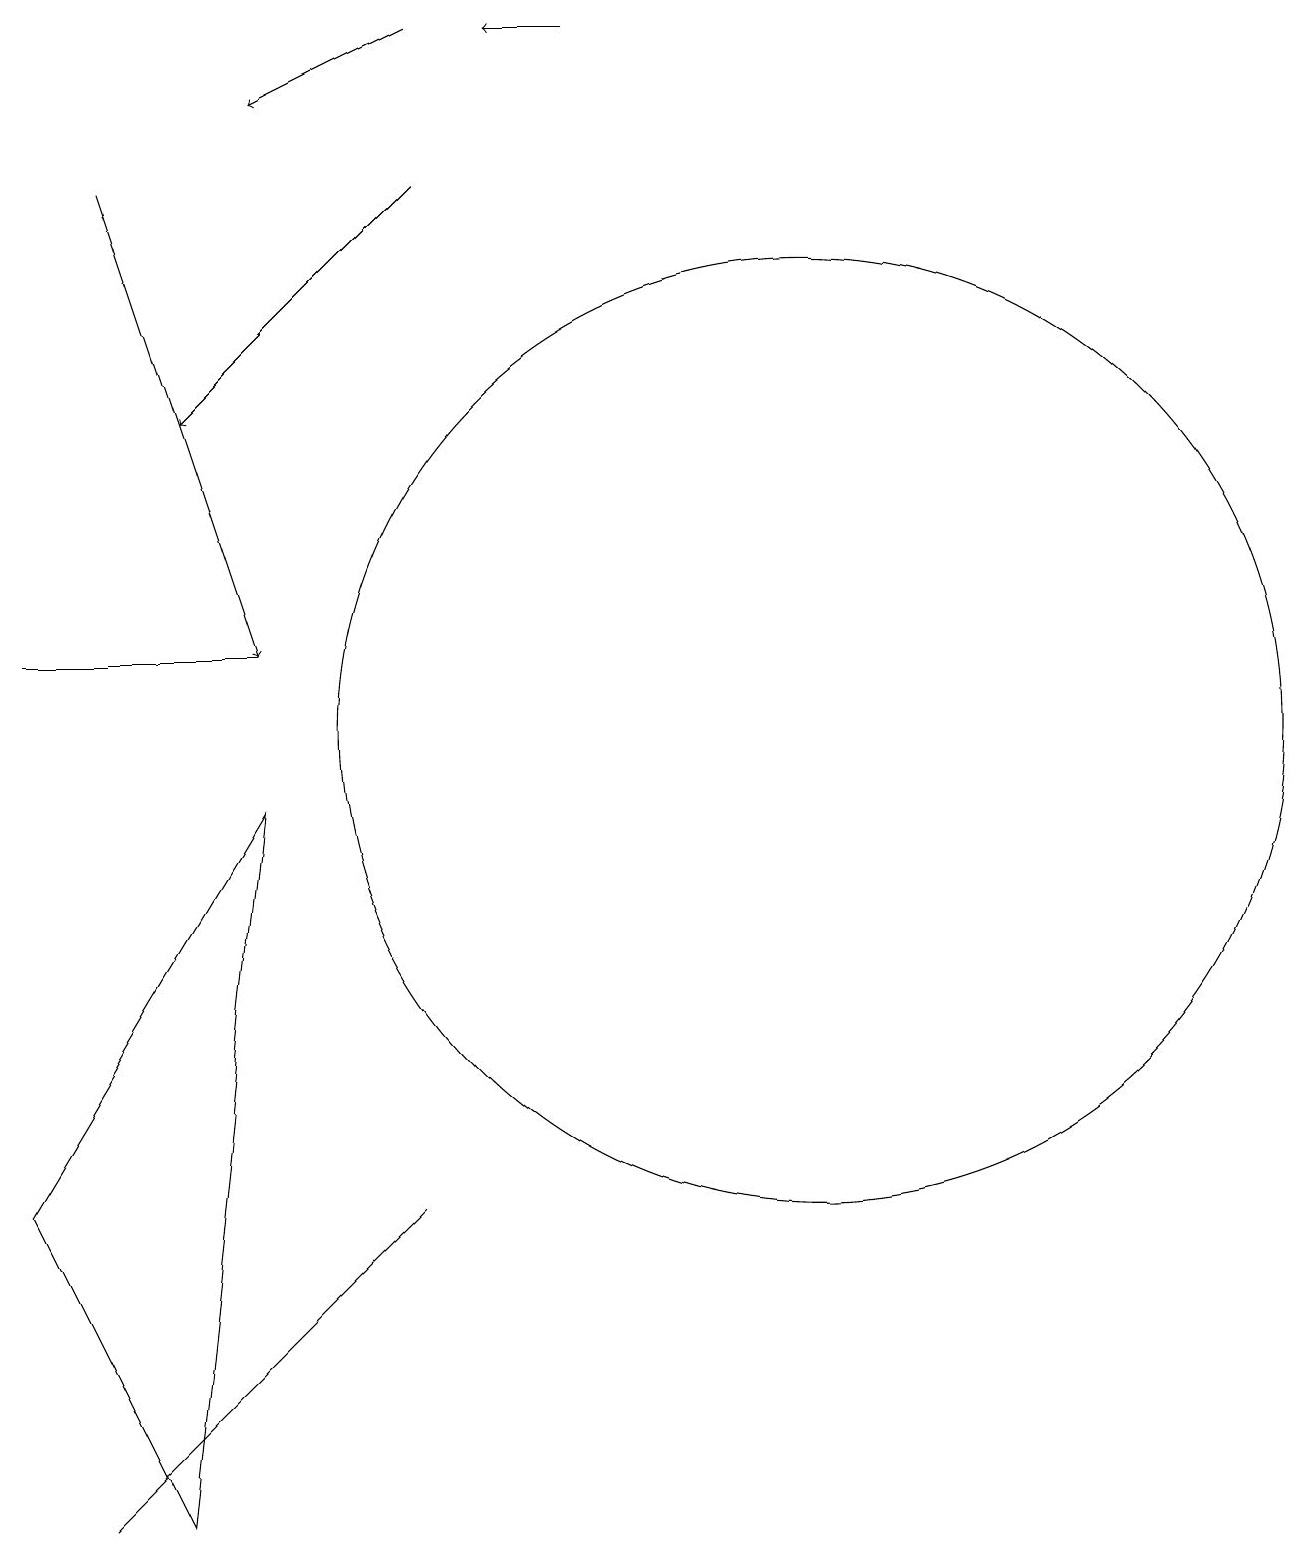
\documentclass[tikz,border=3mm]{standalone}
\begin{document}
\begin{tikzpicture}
\draw (1,11) rectangle (4,11);
\draw[->] (8,19) -- (7,19);
\draw (3,0) -- (4,9) -- (1,4) -- cycle;
\draw (11,10) circle (6);
\draw (2,0) -- (4,2) -- (6,4) -- cycle;
\draw[->] (6,19) -- (4,18);
\draw[->] (2,17) -- (4,11);
\draw[->] (6,17) -- (3,14);
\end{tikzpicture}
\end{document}